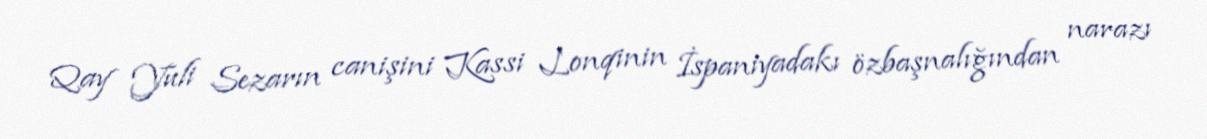
Qay Yuli Sezarın canişini Kassi Lonqinin İspaniyadakı özbaşnalığından narazı